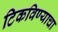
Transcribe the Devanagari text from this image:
टिकविण्याचा